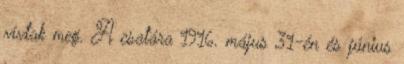
vívtak meg. A csatára 1916. május 31-én és június